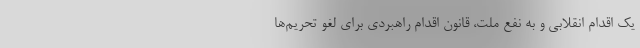
یک اقدام انقلابی و به نفع ملت، قانون اقدام راهبردی برای لغو تحریم‌ها